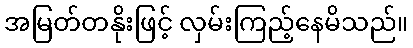
အမြတ်တနိုးဖြင့် လှမ်းကြည့်နေမိသည်။